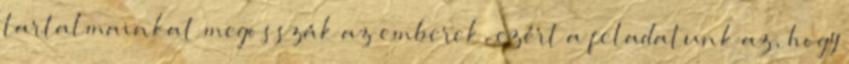
tartalmainkat megosszák az emberek, ezért a feladatunk az, hogy